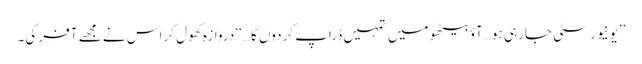
’’یونیورسٹی جا رہی ہو…آؤ بیٹھو میں تمہیں ڈراپ کردوں گا…‘‘ دروازہ کھول کر اس نے مجھے آفر کی۔